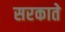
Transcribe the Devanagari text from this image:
सरकाते